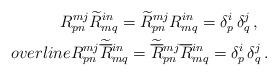
LaTeX: \begin{align*}R^{mj}_{pn}\widetilde{R}^{in}_{mq}=\widetilde{R}^{mj}_{pn}R^{in}_{mq}=\delta ^i_p\,\delta ^j_q\,,\ \ \\overline{R}{}^{mj}_{pn}\widetilde{\overline{R}}{}^{in}_{mq}=\widetilde{\overline{R}}{}^{mj}_{pn}\overline{R}{}^{in}_{mq}=\delta ^i_p\,\delta ^j_q\,. \end{align*}